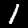
Label: 1